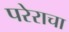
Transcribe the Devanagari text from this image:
परेराचा